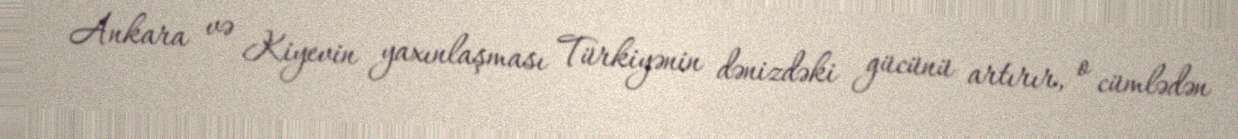
Ankara və Kiyevin yaxınlaşması Türkiyənin dənizdəki gücünü artırır, o cümlədən